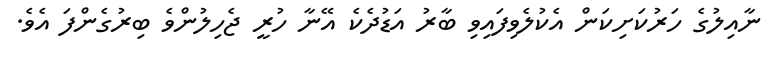
ނާއިލުގެ ހަރުކަށިކަން އެކުލެވިފައިވި ބާރު އަޑުދެކެ އޭނާ ހުރީ ޖެހިލުންވެ ބިރުގެންފަ އެވެ.